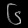
Digit: ၆